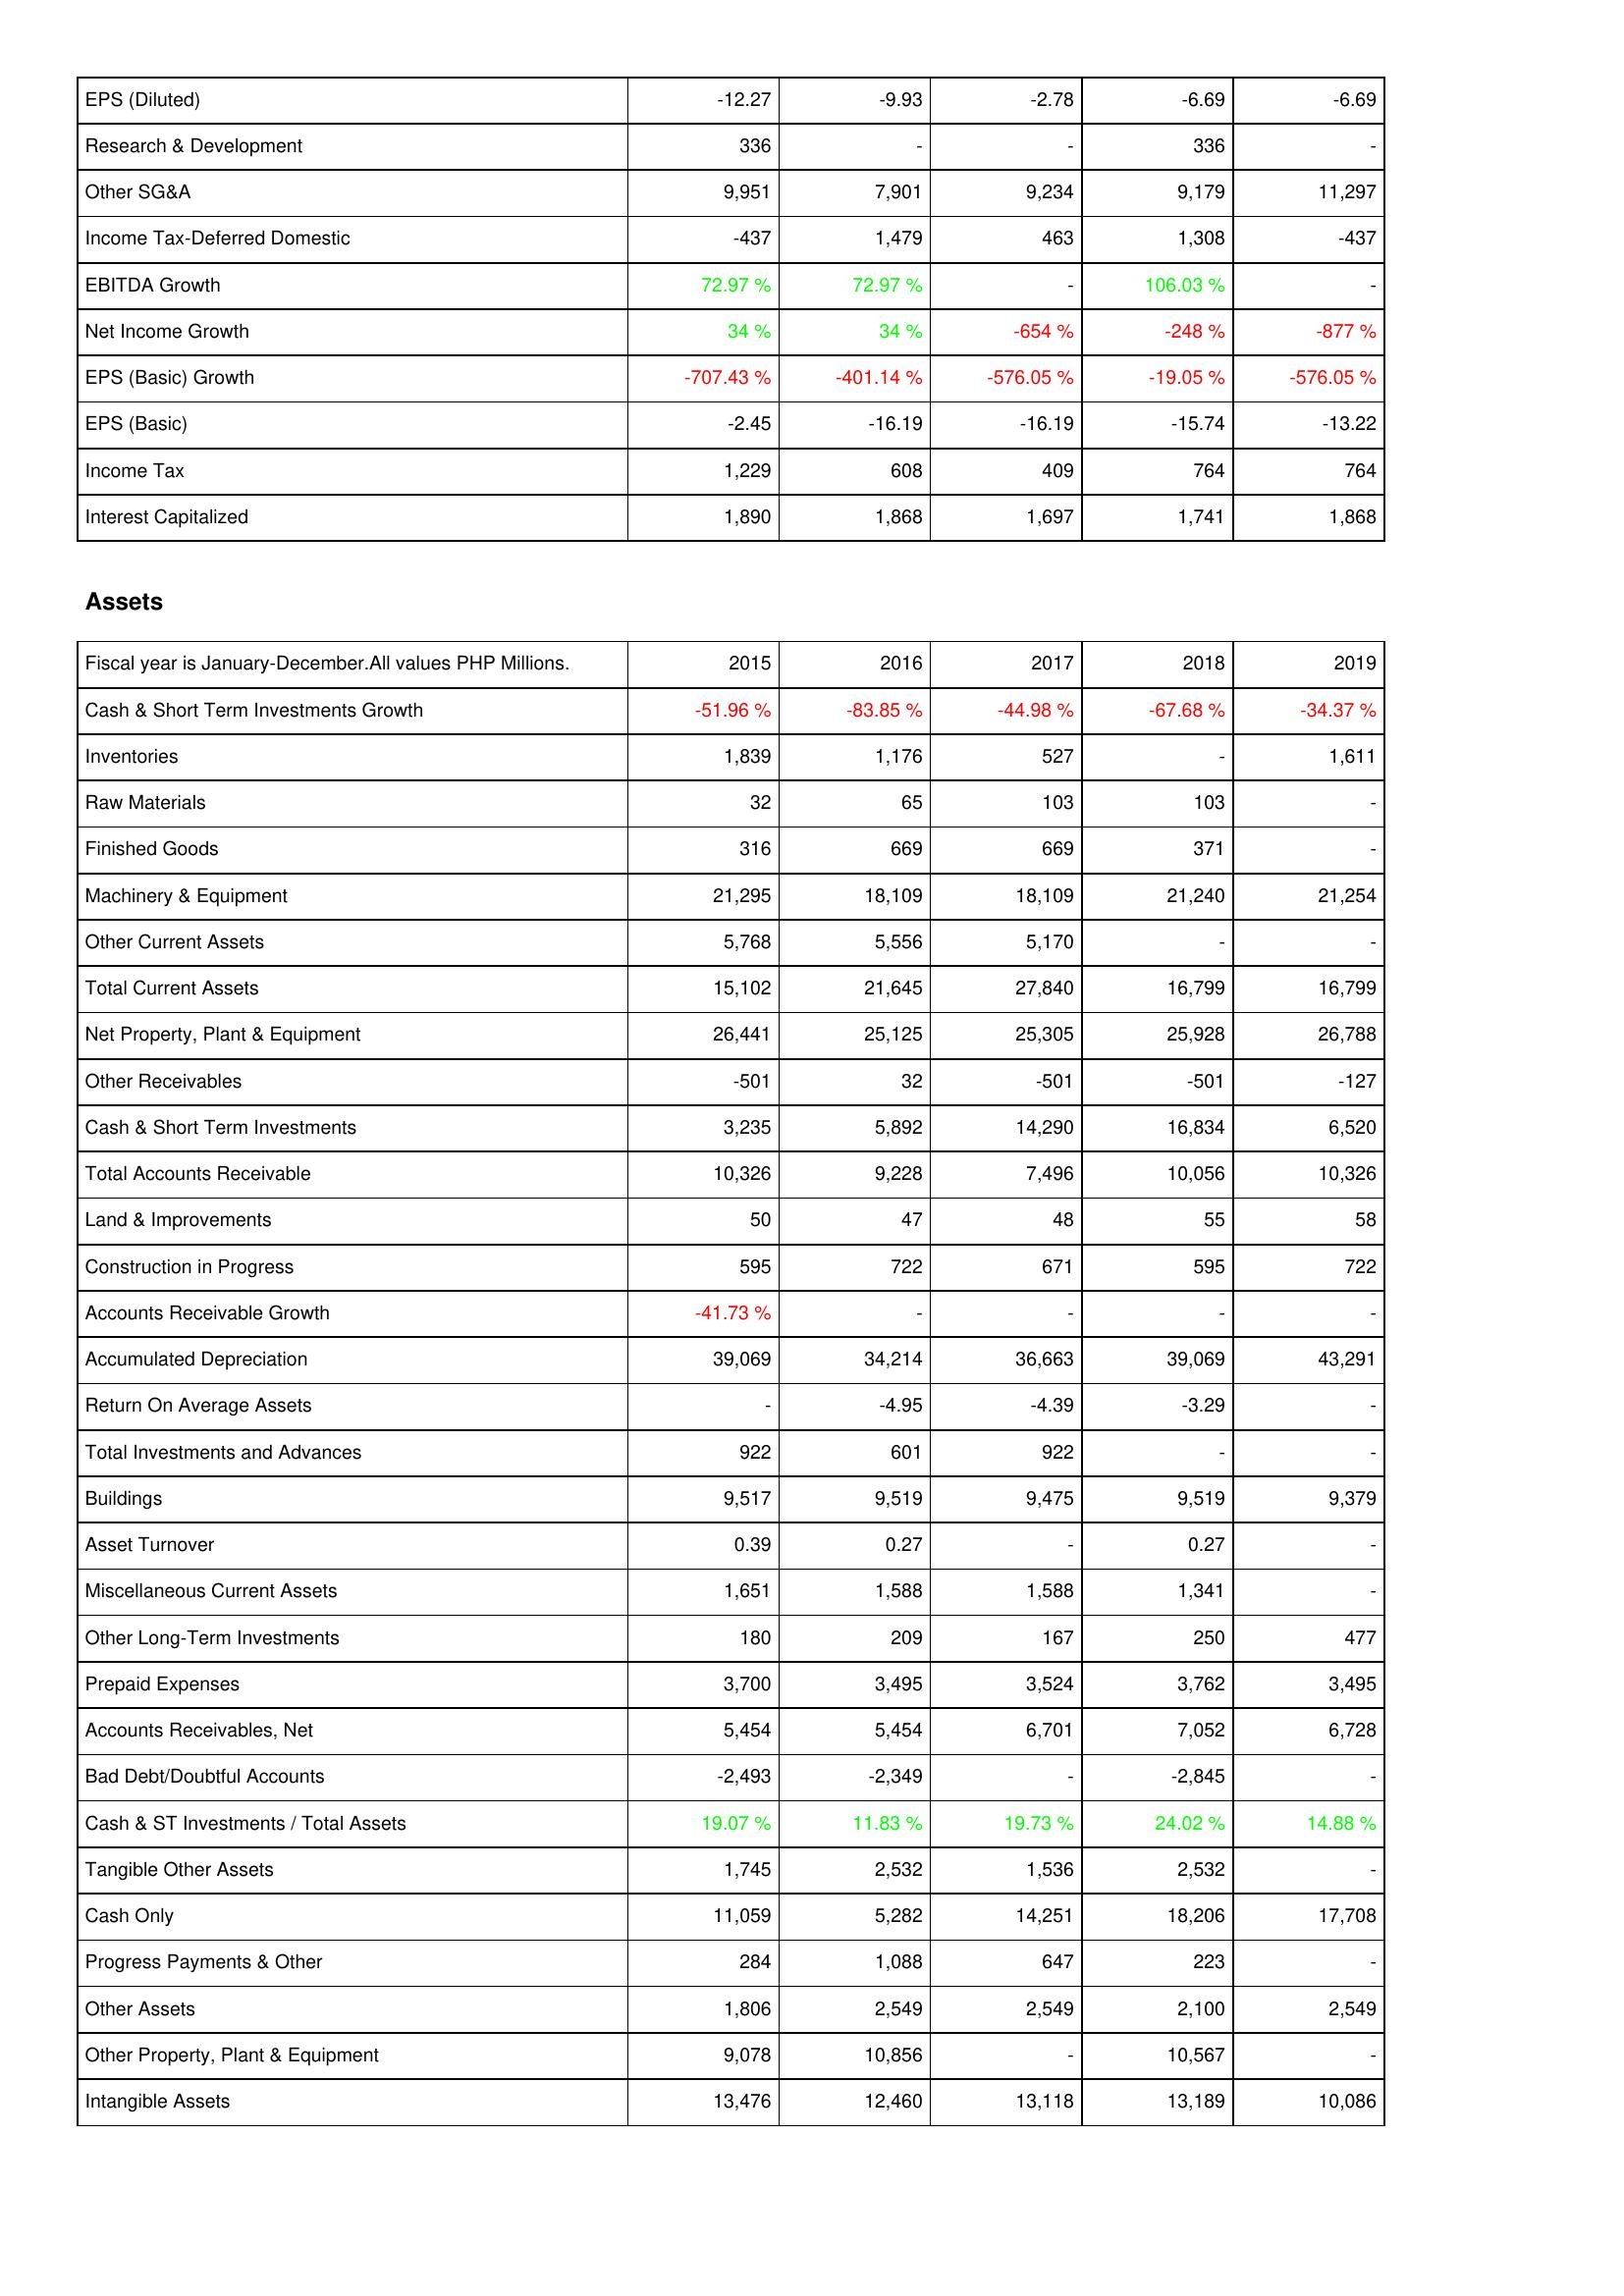
2015: Income Statement: EPS (Diluted): -12.27
Research & Development: 336
Other SG&A: 9,951
Income Tax-Deferred Domestic: -437
EBITDA Growth: 72.97 %
Net Income Growth: 34 %
EPS (Basic) Growth: -707.43 %
EPS (Basic): -2.45
Income Tax: 1,229
Interest Capitalized: 1,890
Assets: Cash & Short Term Investments Growth: -51.96 %
Inventories: 1,839
Raw Materials: 32
Finished Goods: 316
Machinery & Equipment: 21,295
Other Current Assets: 5,768
Total Current Assets: 15,102
Net Property, Plant & Equipment: 26,441
Other Receivables: -501
Cash & Short Term Investments: 3,235
Total Accounts Receivable: 10,326
Land & Improvements: 50
Construction in Progress: 595
Accounts Receivable Growth: -41.73 %
Accumulated Depreciation: 39,069
Return On Average Assets: -
Total Investments and Advances: 922
Buildings: 9,517
Asset Turnover: 0.39
Miscellaneous Current Assets: 1,651
Other Long-Term Investments: 180
Prepaid Expenses: 3,700
Accounts Receivables, Net: 5,454
Bad Debt/Doubtful Accounts: -2,493
Cash & ST Investments / Total Assets: 19.07 %
Tangible Other Assets: 1,745
Cash Only: 11,059
Progress Payments & Other: 284
Other Assets: 1,806
Other Property, Plant & Equipment: 9,078
Intangible Assets: 13,476
2016: Income Statement: EPS (Diluted): -9.93
Research & Development: -
Other SG&A: 7,901
Income Tax-Deferred Domestic: 1,479
EBITDA Growth: 72.97 %
Net Income Growth: 34 %
EPS (Basic) Growth: -401.14 %
EPS (Basic): -16.19
Income Tax: 608
Interest Capitalized: 1,868
Assets: Cash & Short Term Investments Growth: -83.85 %
Inventories: 1,176
Raw Materials: 65
Finished Goods: 669
Machinery & Equipment: 18,109
Other Current Assets: 5,556
Total Current Assets: 21,645
Net Property, Plant & Equipment: 25,125
Other Receivables: 32
Cash & Short Term Investments: 5,892
Total Accounts Receivable: 9,228
Land & Improvements: 47
Construction in Progress: 722
Accounts Receivable Growth: -
Accumulated Depreciation: 34,214
Return On Average Assets: -4.95
Total Investments and Advances: 601
Buildings: 9,519
Asset Turnover: 0.27
Miscellaneous Current Assets: 1,588
Other Long-Term Investments: 209
Prepaid Expenses: 3,495
Accounts Receivables, Net: 5,454
Bad Debt/Doubtful Accounts: -2,349
Cash & ST Investments / Total Assets: 11.83 %
Tangible Other Assets: 2,532
Cash Only: 5,282
Progress Payments & Other: 1,088
Other Assets: 2,549
Other Property, Plant & Equipment: 10,856
Intangible Assets: 12,460
2017: Income Statement: EPS (Diluted): -2.78
Research & Development: -
Other SG&A: 9,234
Income Tax-Deferred Domestic: 463
EBITDA Growth: -
Net Income Growth: -654 %
EPS (Basic) Growth: -576.05 %
EPS (Basic): -16.19
Income Tax: 409
Interest Capitalized: 1,697
Assets: Cash & Short Term Investments Growth: -44.98 %
Inventories: 527
Raw Materials: 103
Finished Goods: 669
Machinery & Equipment: 18,109
Other Current Assets: 5,170
Total Current Assets: 27,840
Net Property, Plant & Equipment: 25,305
Other Receivables: -501
Cash & Short Term Investments: 14,290
Total Accounts Receivable: 7,496
Land & Improvements: 48
Construction in Progress: 671
Accounts Receivable Growth: -
Accumulated Depreciation: 36,663
Return On Average Assets: -4.39
Total Investments and Advances: 922
Buildings: 9,475
Asset Turnover: -
Miscellaneous Current Assets: 1,588
Other Long-Term Investments: 167
Prepaid Expenses: 3,524
Accounts Receivables, Net: 6,701
Bad Debt/Doubtful Accounts: -
Cash & ST Investments / Total Assets: 19.73 %
Tangible Other Assets: 1,536
Cash Only: 14,251
Progress Payments & Other: 647
Other Assets: 2,549
Other Property, Plant & Equipment: -
Intangible Assets: 13,118
2018: Income Statement: EPS (Diluted): -6.69
Research & Development: 336
Other SG&A: 9,179
Income Tax-Deferred Domestic: 1,308
EBITDA Growth: 106.03 %
Net Income Growth: -248 %
EPS (Basic) Growth: -19.05 %
EPS (Basic): -15.74
Income Tax: 764
Interest Capitalized: 1,741
Assets: Cash & Short Term Investments Growth: -67.68 %
Inventories: -
Raw Materials: 103
Finished Goods: 371
Machinery & Equipment: 21,240
Other Current Assets: -
Total Current Assets: 16,799
Net Property, Plant & Equipment: 25,928
Other Receivables: -501
Cash & Short Term Investments: 16,834
Total Accounts Receivable: 10,056
Land & Improvements: 55
Construction in Progress: 595
Accounts Receivable Growth: -
Accumulated Depreciation: 39,069
Return On Average Assets: -3.29
Total Investments and Advances: -
Buildings: 9,519
Asset Turnover: 0.27
Miscellaneous Current Assets: 1,341
Other Long-Term Investments: 250
Prepaid Expenses: 3,762
Accounts Receivables, Net: 7,052
Bad Debt/Doubtful Accounts: -2,845
Cash & ST Investments / Total Assets: 24.02 %
Tangible Other Assets: 2,532
Cash Only: 18,206
Progress Payments & Other: 223
Other Assets: 2,100
Other Property, Plant & Equipment: 10,567
Intangible Assets: 13,189
2019: Income Statement: EPS (Diluted): -6.69
Research & Development: -
Other SG&A: 11,297
Income Tax-Deferred Domestic: -437
EBITDA Growth: -
Net Income Growth: -877 %
EPS (Basic) Growth: -576.05 %
EPS (Basic): -13.22
Income Tax: 764
Interest Capitalized: 1,868
Assets: Cash & Short Term Investments Growth: -34.37 %
Inventories: 1,611
Raw Materials: -
Finished Goods: -
Machinery & Equipment: 21,254
Other Current Assets: -
Total Current Assets: 16,799
Net Property, Plant & Equipment: 26,788
Other Receivables: -127
Cash & Short Term Investments: 6,520
Total Accounts Receivable: 10,326
Land & Improvements: 58
Construction in Progress: 722
Accounts Receivable Growth: -
Accumulated Depreciation: 43,291
Return On Average Assets: -
Total Investments and Advances: -
Buildings: 9,379
Asset Turnover: -
Miscellaneous Current Assets: -
Other Long-Term Investments: 477
Prepaid Expenses: 3,495
Accounts Receivables, Net: 6,728
Bad Debt/Doubtful Accounts: -
Cash & ST Investments / Total Assets: 14.88 %
Tangible Other Assets: -
Cash Only: 17,708
Progress Payments & Other: -
Other Assets: 2,549
Other Property, Plant & Equipment: -
Intangible Assets: 10,086